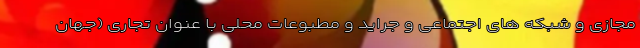
مجازی و شبکه های اجتماعی و جراید و مطبوعات محلی با عنوان تجاری (جهان